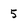
Character: 5